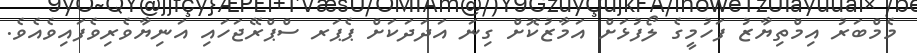
މެމްބަރު އިމްތިޔާޒު ފަހުމީގެ ލޯފުޅަށް އަމާޒުކޮށް ގިނަ އަދަދަކަށް ޕެޕަރ ސްޕްރޭޖަހައި އަނިޔާވެރިވެފައިވެއެވެ.